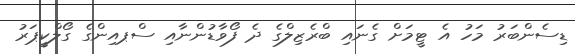
ޑިސެންބަރު މަހު އެ ޓީމަށް ގެނައި ބްރެޒިލްގެ ދެ ފޯވާޑުންނާއި ސްޕއިންގެ ގޯލްކީޕަރު